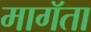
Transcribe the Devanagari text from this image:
मागॅता